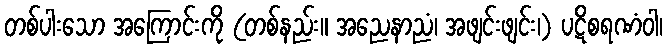
တစ်ပါးသော အကြောင်းကို (တစ်နည်း။ အညေနာညံ၊ အဖျင်းဖျင်း၊) ပဋိစရဏံဝါ၊